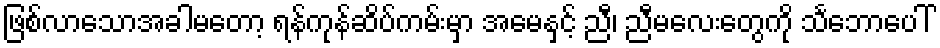
ဖြစ်လာသောအခါမတော့ ရန်ကုန်ဆိပ်ကမ်းမှာ အမေနှင့် ညီ၊ ညီမလေးတွေကို သင်္ဘောပေါ်